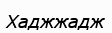
Хаджжадж